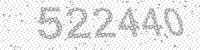
Solution: 522440